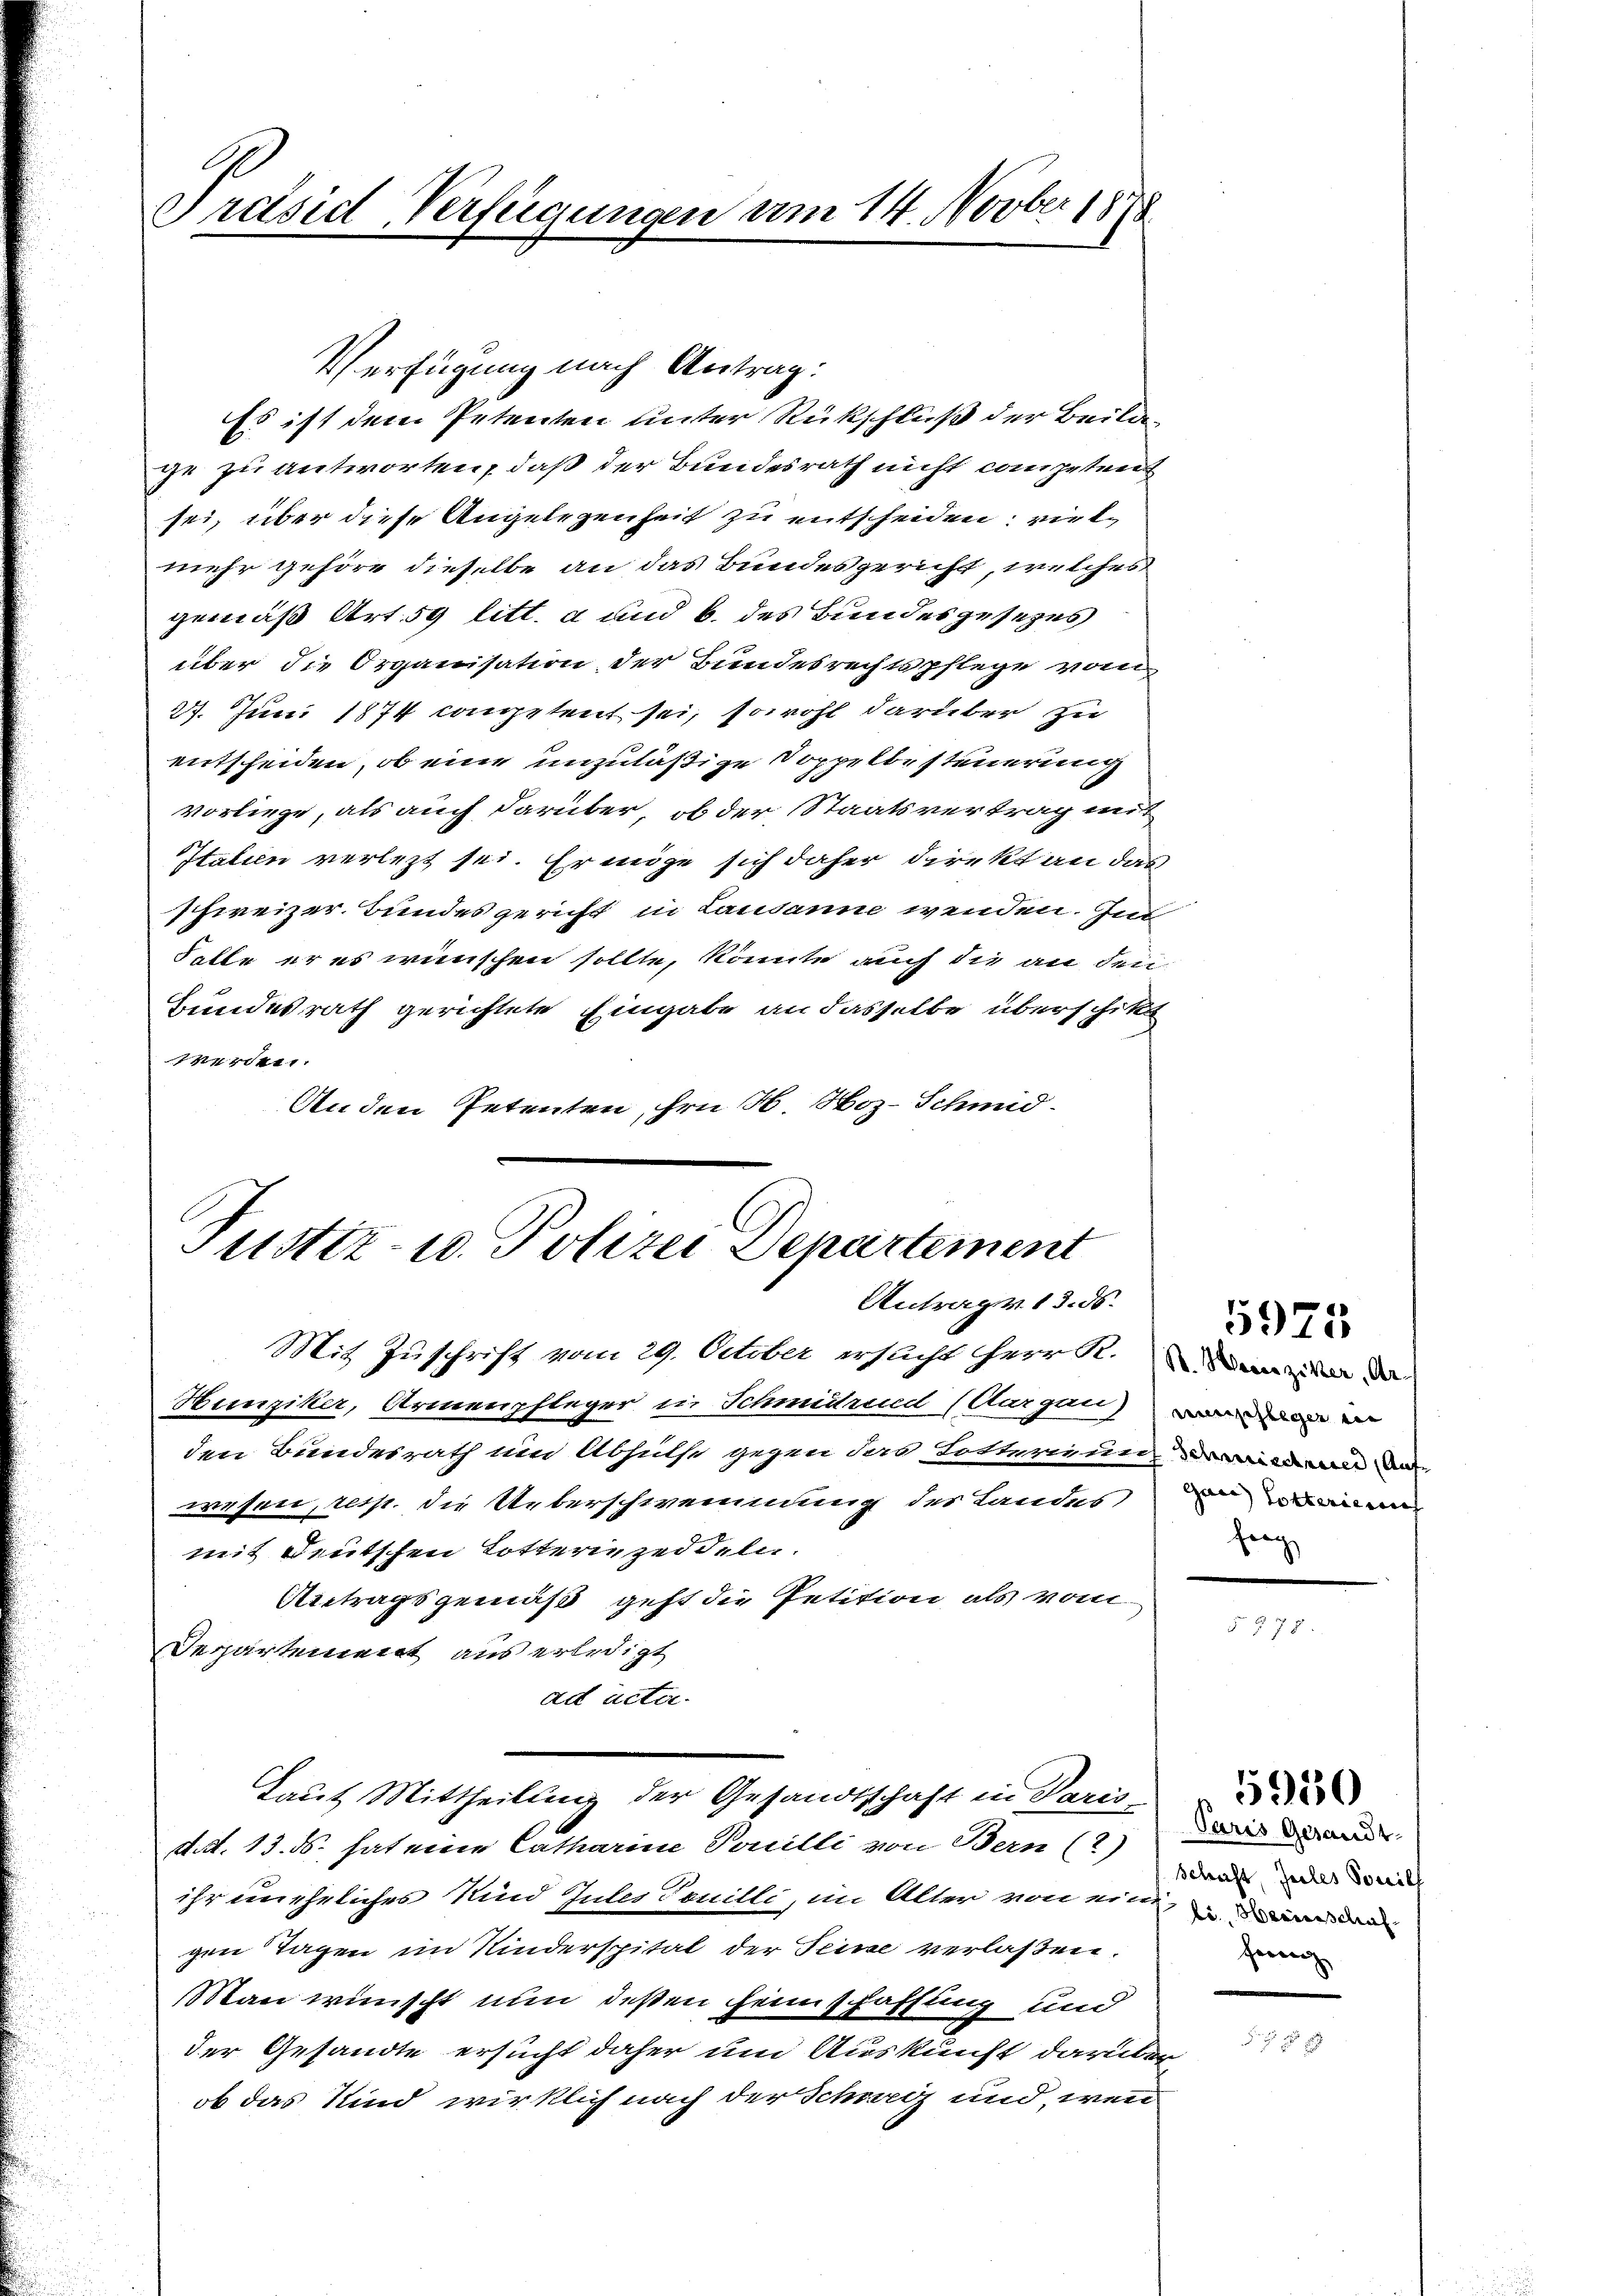
Verfügung nach Antrag:
ge zu antworten, daß der Bundesrath nicht competent
sei, über diese Angelegenheit zu entscheiden; vielmehr gehöre dieselbe an das Bundesgericht, welches
gemäß Art. 59 litt. a und b. des Bundesgesezes
über die Organisation der Bundesrechtspflege vom
27. Juni 1874 competent sei, sowohl darüber zu
entscheiden, ob eine unzuläßige Doppelbe steuerung
vorliege, als auch darüber, ob der Staatsvertrag mit
Italien verlezt sei. Er möge sich daher direkt an das
schweizer. Bundesgericht in Landann wenden. Im
Falle er es wienischen sollte, könnte auch die an den
Bundesrath gerichtete Eingabe an dasselbe überschikt
Werden.
Anden Petenten, hrn. H. Hoz-Schmid-

Präsid, Verfügungen am 14. Novber 1888

Justiz- u. Polizei Departement
Antrag v. 13. ds.
Mit Zuschrift vom 29. October ersucht herr R. Sei de

Es ist dem Petenten unter Rückschluß der Beilag

Hunziker, Armenpfleger in Schmidrued (Aargau)
den Bundesrath um Abhüthe gegen das Lotterienn, in de
wesen, resp. die Ueberschwemmung des Landes
mit Deutschen Lotterin zeddeln.
Antragsgemäß geht die Petition als vom
Deppartement aus erledigt
ad acta.
Laut Mittheilung der Gesandtschaft in Paris
d.d. 13. ds. hat eine Catharine Penilli von Bern (?)
ihr uneheliches Kind Gutes Tonilli, im Alter von ein, der
gen Tagen im Kinderspital der Seine verlassen.
Man wünscht nun deßen Heimschaffung und
der Gesandte ersucht daher um Auskunft darüber
ob das Kind wirklich nach der Schweiz und, wenn

gan Torterierun
hang

5975

Paris Gesandt
schaft, Jules Soncil
Heim

5950